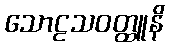
သောဠသဝတ္ထူနိ